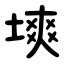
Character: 塽